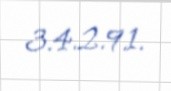
3.4.2.9.1.